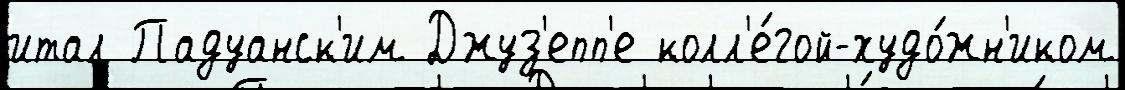
итал Падуанск'им Джуз'епп'е колл'е́гой-худо́жн'иком